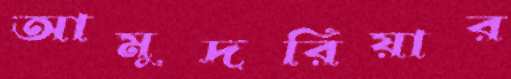
আমুদরিয়ার